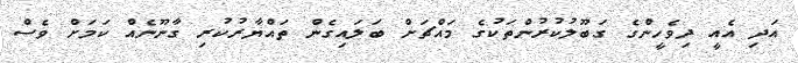
އަދި އެއީ ދިވެހީންގެ ގަބޫލުކުރުންތަކުގެ މައްޗަށް ބަލައިގެން ތައްޔާރުކުރި ގާނޫނެއް ކަމަށް ވެސް